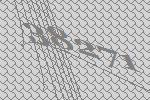
38271